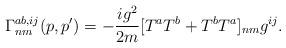
LaTeX: \begin{align*}\Gamma^{ab,ij}_{nm}(p,p^\prime)=-\frac{i g^2}{2m} [T^a T^b+T^b T^a]_{nm} g^{ij}.\end{align*}